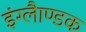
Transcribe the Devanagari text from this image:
इंग्लैाण्डक